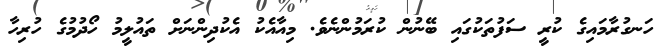
ހަނގުރާމައިގެ ކުރީ ސަފުތަކުގައި ބޭނުން ކުރަމުންނެވެ. މިއާއެކު އެކުދިންނަށް ތައުލީމު ހޯދުމުގެ ހުރިހާ